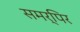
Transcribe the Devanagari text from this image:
समर्पिर